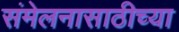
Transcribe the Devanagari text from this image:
संमेलनासाठीच्या